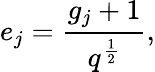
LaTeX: e_{j}=\frac{g_{j}+1}{q^{\frac{1}{2}}},